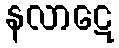
နလာဋေ